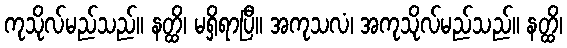
ကုသိုလ်မည်သည်။ နတ္ထိ၊ မရှိရာပြီ။ အကုသလံ၊ အကုသိုလ်မည်သည်။ နတ္ထိ၊